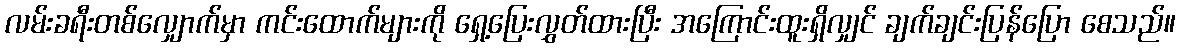
လမ်းခရီးတစ်လျှောက်မှာ ကင်းထောက်များကို ရှေ့ပြေးလွှတ်ထားပြီး အကြောင်းထူးရှိလျှင် ချက်ချင်းပြန်ပြော စေသည်။